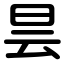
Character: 昙